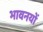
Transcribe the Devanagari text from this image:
भावनयों